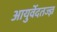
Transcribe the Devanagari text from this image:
आयुर्वेदतज्ज्ञ